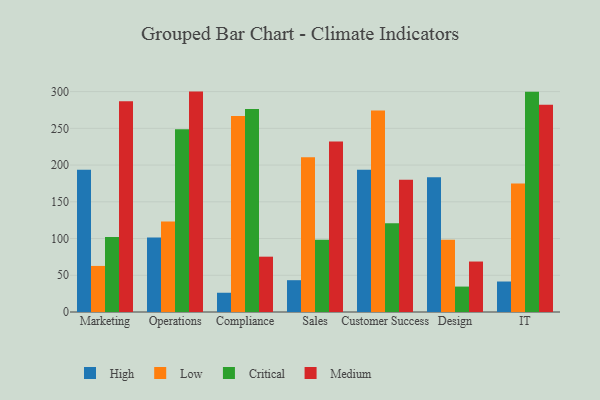
{"axis": {"x": "Department", "y": "Headcount"}, "legend": ["Critical", "High", "Low", "Medium"], "data": [{"x": "Marketing", "y": 193.5, "type": "High"}, {"x": "Marketing", "y": 62.7, "type": "Low"}, {"x": "Marketing", "y": 102.0, "type": "Critical"}, {"x": "Marketing", "y": 286.8, "type": "Medium"}, {"x": "Operations", "y": 101.3, "type": "High"}, {"x": "Operations", "y": 123.2, "type": "Low"}, {"x": "Operations", "y": 248.6, "type": "Critical"}, {"x": "Operations", "y": 300.0, "type": "Medium"}, {"x": "Compliance", "y": 26.2, "type": "High"}, {"x": "Compliance", "y": 266.7, "type": "Low"}, {"x": "Compliance", "y": 276.3, "type": "Critical"}, {"x": "Compliance", "y": 75.3, "type": "Medium"}, {"x": "Sales", "y": 43.3, "type": "High"}, {"x": "Sales", "y": 210.8, "type": "Low"}, {"x": "Sales", "y": 98.3, "type": "Critical"}, {"x": "Sales", "y": 232.2, "type": "Medium"}, {"x": "Customer Success", "y": 193.5, "type": "High"}, {"x": "Customer Success", "y": 274.2, "type": "Low"}, {"x": "Customer Success", "y": 120.8, "type": "Critical"}, {"x": "Customer Success", "y": 180.1, "type": "Medium"}, {"x": "Design", "y": 183.5, "type": "High"}, {"x": "Design", "y": 98.2, "type": "Low"}, {"x": "Design", "y": 34.6, "type": "Critical"}, {"x": "Design", "y": 68.7, "type": "Medium"}, {"x": "IT", "y": 41.5, "type": "High"}, {"x": "IT", "y": 175.0, "type": "Low"}, {"x": "IT", "y": 299.8, "type": "Critical"}, {"x": "IT", "y": 282.0, "type": "Medium"}]}